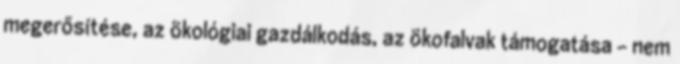
megerősítése, az ökológiai gazdálkodás, az ökofalvak támogatása – nem